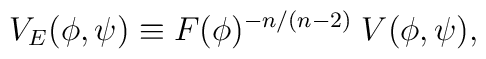
V_E(\phi,\psi) \equiv F(\phi)^{-n/(n-2)} \; V(\phi,\psi),